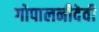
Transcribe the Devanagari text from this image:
गोपालनीदेवी